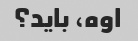
اوه، باید؟